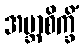
အဗ္ဘာစိက္ခိံ